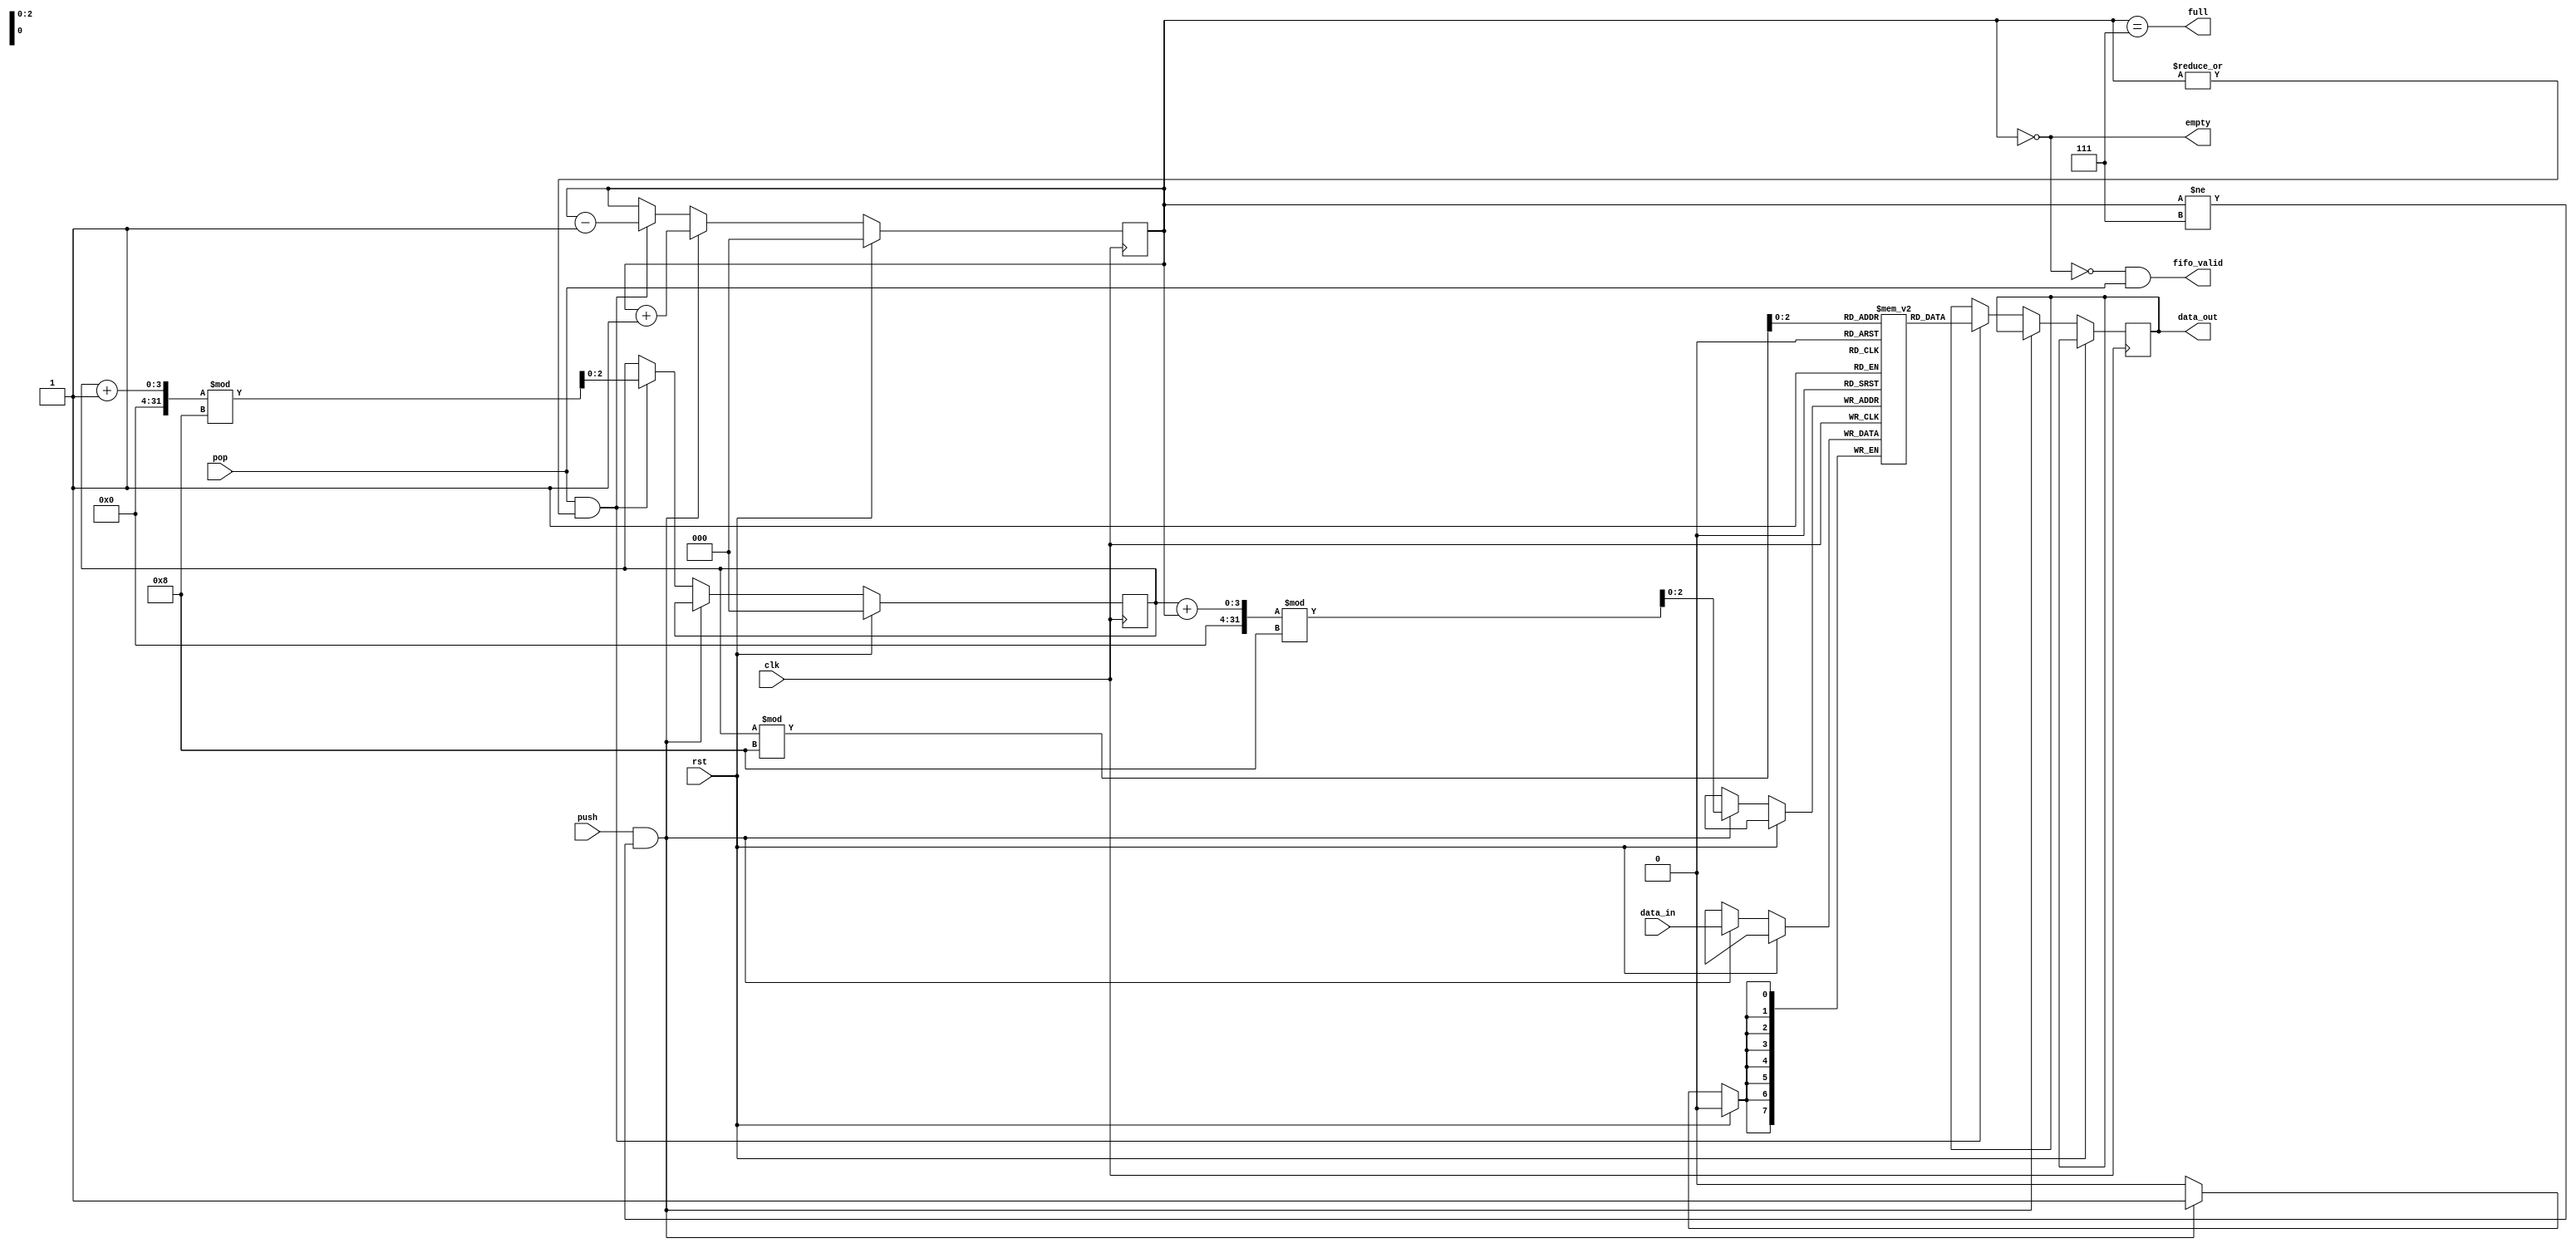
`define SIZE 16
module FIFO(
	input 				clk,
	input 				rst,
	input [7:0]			data_in,
	input 				push,
	input 				pop,
	
	output				full,
	output				empty,
	output [7:0]		data_out,
	output				fifo_valid
);

reg  [7:0]			array[7:0];
reg  [7:0]			poped = 7'd0;
reg  [2:0]			count;
reg  [2:0]			head;


always @(posedge clk) begin
	if (rst) begin
		head <= 0;
		count <= 0;
	end
	else if (push && count != 7) begin		// push if there is a place
		array[(head+count) % 8] <= data_in;
		count <= count+1;
	end
	else if (pop && |count) begin			// pop if not empty
		poped <= array[head % 8];	
		count <= count-1;		
		head <= (head+1) % 8;
	end
end

assign full = (count == 7);      
assign empty = (count == 0);
assign data_out = poped;
assign fifo_valid = !empty && pop; 

endmodule